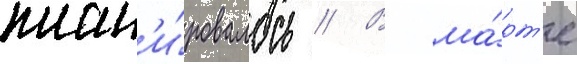
план'и́ровалось // В ма́рт'е